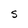
Character: s